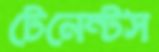
টেনেন্টস